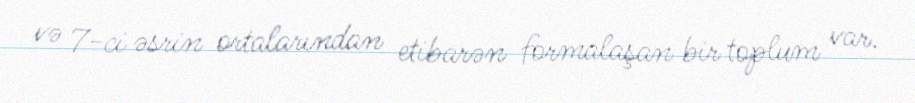
və 7-ci əsrin ortalarından etibarən formalaşan bir toplum var.